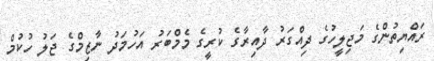
ރައްޔިތުންގެ މަޖިލީހުގެ ދިއްގަރު ދާއިރާގެ ކުރީގެ މެމްބަރު އަހުމަދު ނާޒިމްގެ ޖަލު ހުކުމް